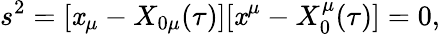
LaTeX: s^{2}=[\mathit{x}_{\mu}-X_{0\mu}(\tau)][\mathit{x}^{\mu}-X_{0}^{\mu}(\tau)]=0,